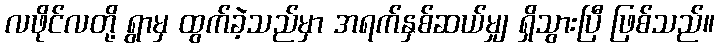
လဖိုင်လတို့ ရွာမှ ထွက်ခဲ့သည်မှာ အရက်နှစ်ဆယ်မျှ ရှိသွားပြီ ဖြစ်သည်။